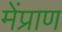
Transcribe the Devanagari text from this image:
मेंप्राण